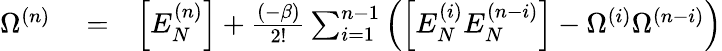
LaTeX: \begin{array}{rlr}{\Omega^{(n)}}&{{}=}&{\Big[E_{N}^{(n)}\Big]+\frac{(-\beta)}{2!}\sum_{i=1}^{n-1}\left(\Big[E_{N}^{(i)}E_{N}^{(n-i)}\Big]-\Omega^{(i)}\Omega^{(n-i)}\right)}\end{array}